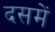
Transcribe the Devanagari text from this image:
दसमें